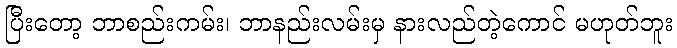
ပြီးတော့ ဘာစည်းကမ်း၊ ဘာနည်းလမ်းမှ နားလည်တဲ့ကောင် မဟုတ်ဘူး